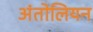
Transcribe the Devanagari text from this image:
अंतोलियन